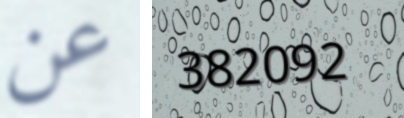
عن 382092